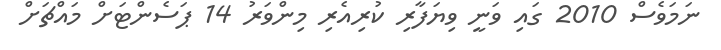
ނަމަވެސް 2010 ގައި ވަނީ ވިޔަފާރި ކުރިއެރި މިންވަރު 14 ޕަސެންޓަށް މައްޗަށް